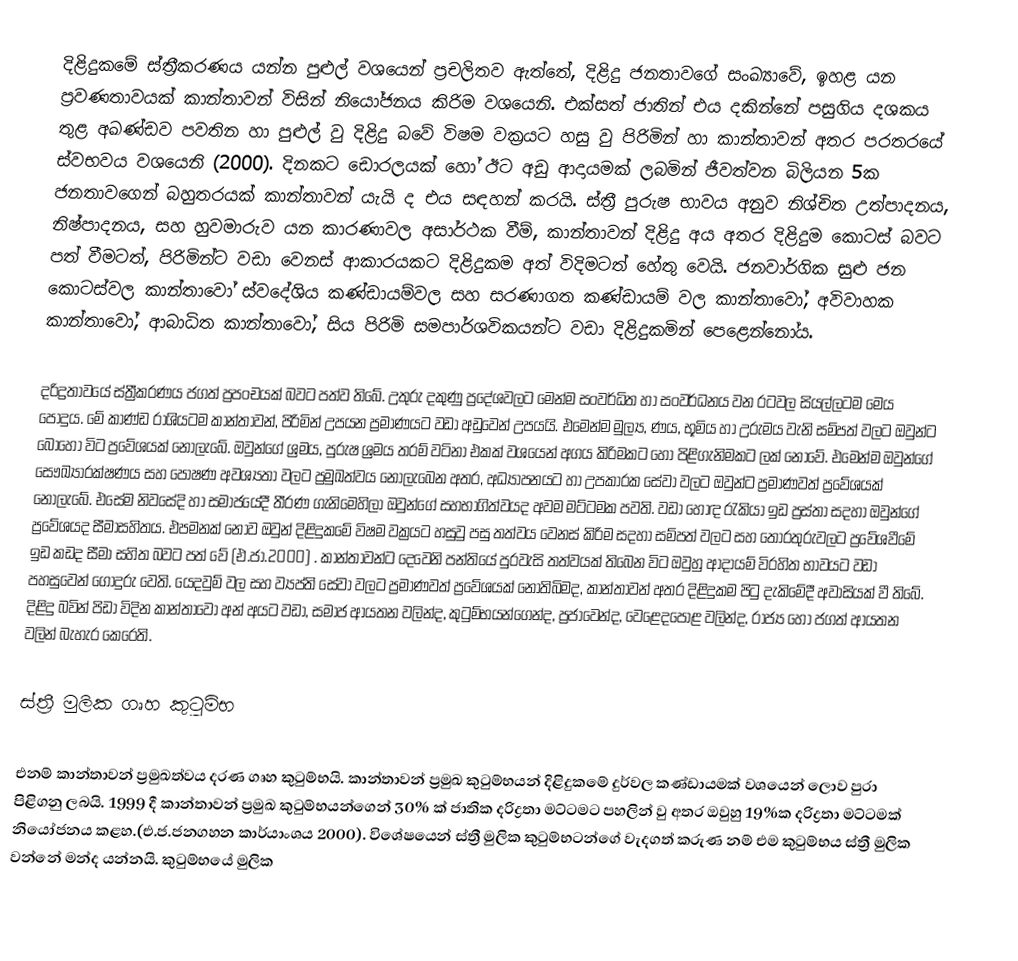
දිළිදුකමේ ස්ත්‍රීකරණය යන්න පුළුල් වශයෙන් ප්‍රචලිතව ඇත්තේ, දිළිදු ජනතාවගේ සංඛ්‍යාවේ, ඉහළ යන ප්‍රවණතාවයක් කාන්තාවන් විසින් නියෝජනය කිරිම වශයෙනි. එක්සත් ජාතින් එය දකින්නේ පසුගිය දශකය තුළ අඛණ්ඩව පවතින හා පුළුල් වු දිළිදු බවේ විෂම වක්‍රයට හසු වු පිරිමින් හා කාන්තාවන් අතර පරතරයේ ස්වභවය වශයෙනි (2000). දිනකට ඩොරලයක් හෝ ඊට අඩු ආදායමක් ලබමින් ජීවත්වන බිලියන 5ක ජනතාවගෙන් බහුතරයක් කාන්තාවන් යැයි ද එය සඳහන් කරයි. ස්ත්‍රී පුරුෂ භාවය අනුව නිශ්චිත උත්පාදනය, නිෂ්පාදනය, සහ හුවමාරුව යන කාරණාවල අසාර්ථක වීම්, කාන්තාවන් දිළිදු අය අතර දිළිදුම කොටස් බවට පත් වීමටත්, පිරිමින්ට වඩා වෙනස් ආකාරයකට දිළිදුකම අත් විදිමටත් හේතු වෙයි. ජනවාර්ගික සුළු ජන කොටස්වල කාන්තාවෝ ස්වදේශිය කණ්ඩායම්වල සහ සරණාගත කණ්ඩායම් වල කාන්තාවෝ, අවිවාහක කාන්තාවෝ, ආබාධිත කාන්තාවෝ, සිය පිරිමි සමපාර්ශවිකයන්ට වඩා දිළිදුකමින් පෙළෙන්නෝය.

දරිද්‍රතාවයේ ස්ත්‍රීකරණය ජගත් ප්‍රපංචයක් බවට පත්ව තිබේ. උතුරු දකුණු ප්‍රදේශවලට මෙන්ම සංවර්ධිත හා සංවර්ධනය වන රටවල සියල්ලටම මෙය පොදුය. මේ කාණ්ඩ රාශියටම කාන්තාවන්, පිරිමින් උපයන ප්‍රමාණයට වඩා අඩුවෙන් උපයයි. එමෙන්ම මුල්‍ය, ණය, භූමිය හා උරුමය වැනි සම්පත් වලට ඔවුන්ට බොහෝ විට ප්‍රවේශයක් නොලැබේ. ඔවුන්ගේ ශ්‍රමය, පුරුෂ ශ්‍රමය තරම් වටිනා එකක් වශයෙන් අගය කිරිමකට හෝ පිළිගැනිමකට ලක් නොවේ. එමෙන්ම ඔවුන්ගේ සෞඛ්‍යාරක්ෂණය සහ පෝෂණ අවශ්‍යතා වලට ප්‍රමුඛත්වය නොලැබෙන අතර, අධ්‍යාපනයට හා උපකාරක සේවා වලට ඔවුන්ට ප්‍රමාණවත් ප්‍රවේශයක් නොලැබේ. එසේම නිවසේදි හා සමාජයේදී තීරණ ගැනිමෙහිලා ඔවුන්ගේ සහභාගිත්වයද අවම මට්ටමක පවති. වඩා හොඳ රැකියා ඉඩ ප්‍රස්තා සදහා ඔවුන්ගේ ප්‍රවේශයද සීමාසහිතය. එපමනක් නොව ඔවුන් දිළිදුකමේ විෂම වක්‍රයට හසුවු පසු තත්වය වෙනස් කිරිම සදහා සම්පත් වලට සහ තොරතුරුවලට ප්‍රවේශවීමේ ඉඩ කඩද සීමා සහිත බවට පත් වේ (එ.ජා.2000) . කාන්තාවන්ට දෙවෙනි පන්තියේ පුරවැසි තත්වයක් තිබෙන විට  ඔවුහු ආදායම් විරහිත භාවයට වඩා පහසුවෙන් ගොදුරු වෙති. යෙදවුම් වල සහ ව්‍යප්ති සේවා වලට ප්‍රමාණවත් ප්‍රවේශයක් නොතිබිමද, කාන්තාවන් අතර දිළිදුකම පිටු දැකිමේදී අවාසියක් වී තිබේ. දිළිදු බවින් පිඩා විදින කාන්තාවෝ අන් අයට වඩා, සමාජ ආයතන වලින්ද, කුටුම්භයන්ගෙන්ද, ප්‍රජාවෙන්ද, වෙළෙදපොළ වලින්ද, රාජ්‍ය හෝ ජගත් ආයතන වලින් බැහැර කෙරෙති.

ස්ත්‍රී මුලික ගෘහ කුටුම්භ

	එනම් කාන්තාවන් ප්‍රමුඛත්වය දරණ ගෘහ කුටුම්භයි. කාන්තාවන් ප්‍රමුඛ කුටුම්භයන් දිළිදුකමේ දුර්වල කණ්ඩායමක් වශයෙන් ලොව පුරා පිළිගනු ලබයි. 1999 දී කාන්තාවන් ප්‍රමුඛ කුටුම්භයන්ගෙන් 30% ක් ජාතික දරිද්‍රතා මට්ටමට පහලින් වු අතර ඔවුහු 19%ක දරිද්‍රතා මට්ටමක් නියෝජනය කළහ.(එ.ජ.ජනගහන කාර්යාංශය 2000). විශේෂයෙන් ස්ත්‍රී මුලික කුටුම්භටන්ගේ වැදගත් කරුණ නම් එම කුටුම්භය ස්ත්‍රී මුලික වන්නේ මන්ද යන්නයි. කුටුම්භයේ මුලික